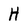
Character: H